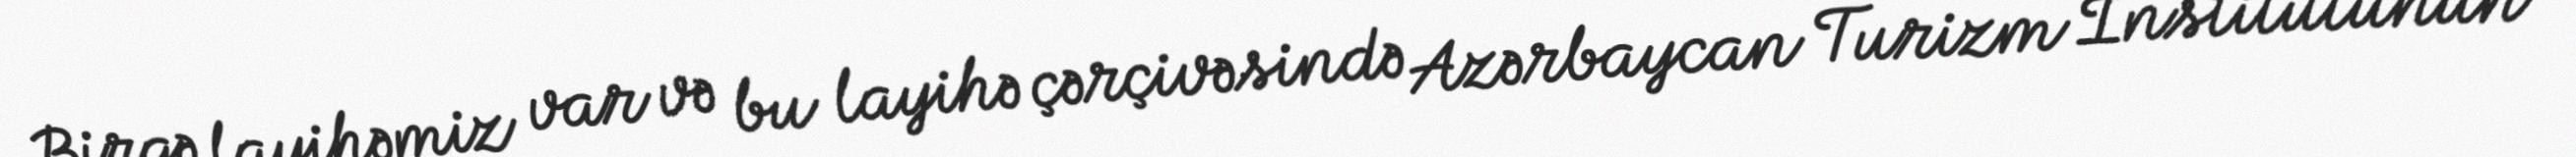
Birgə layihəmiz var və bu layihə çərçivəsində Azərbaycan Turizm İnstitutunun